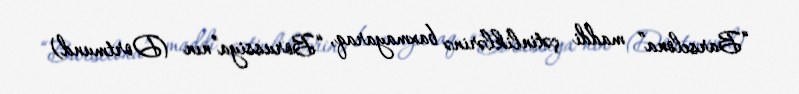
“Barselona” maddi çətinliklərinə baxmayaraq, “Borussiya”nın (Dortmund)